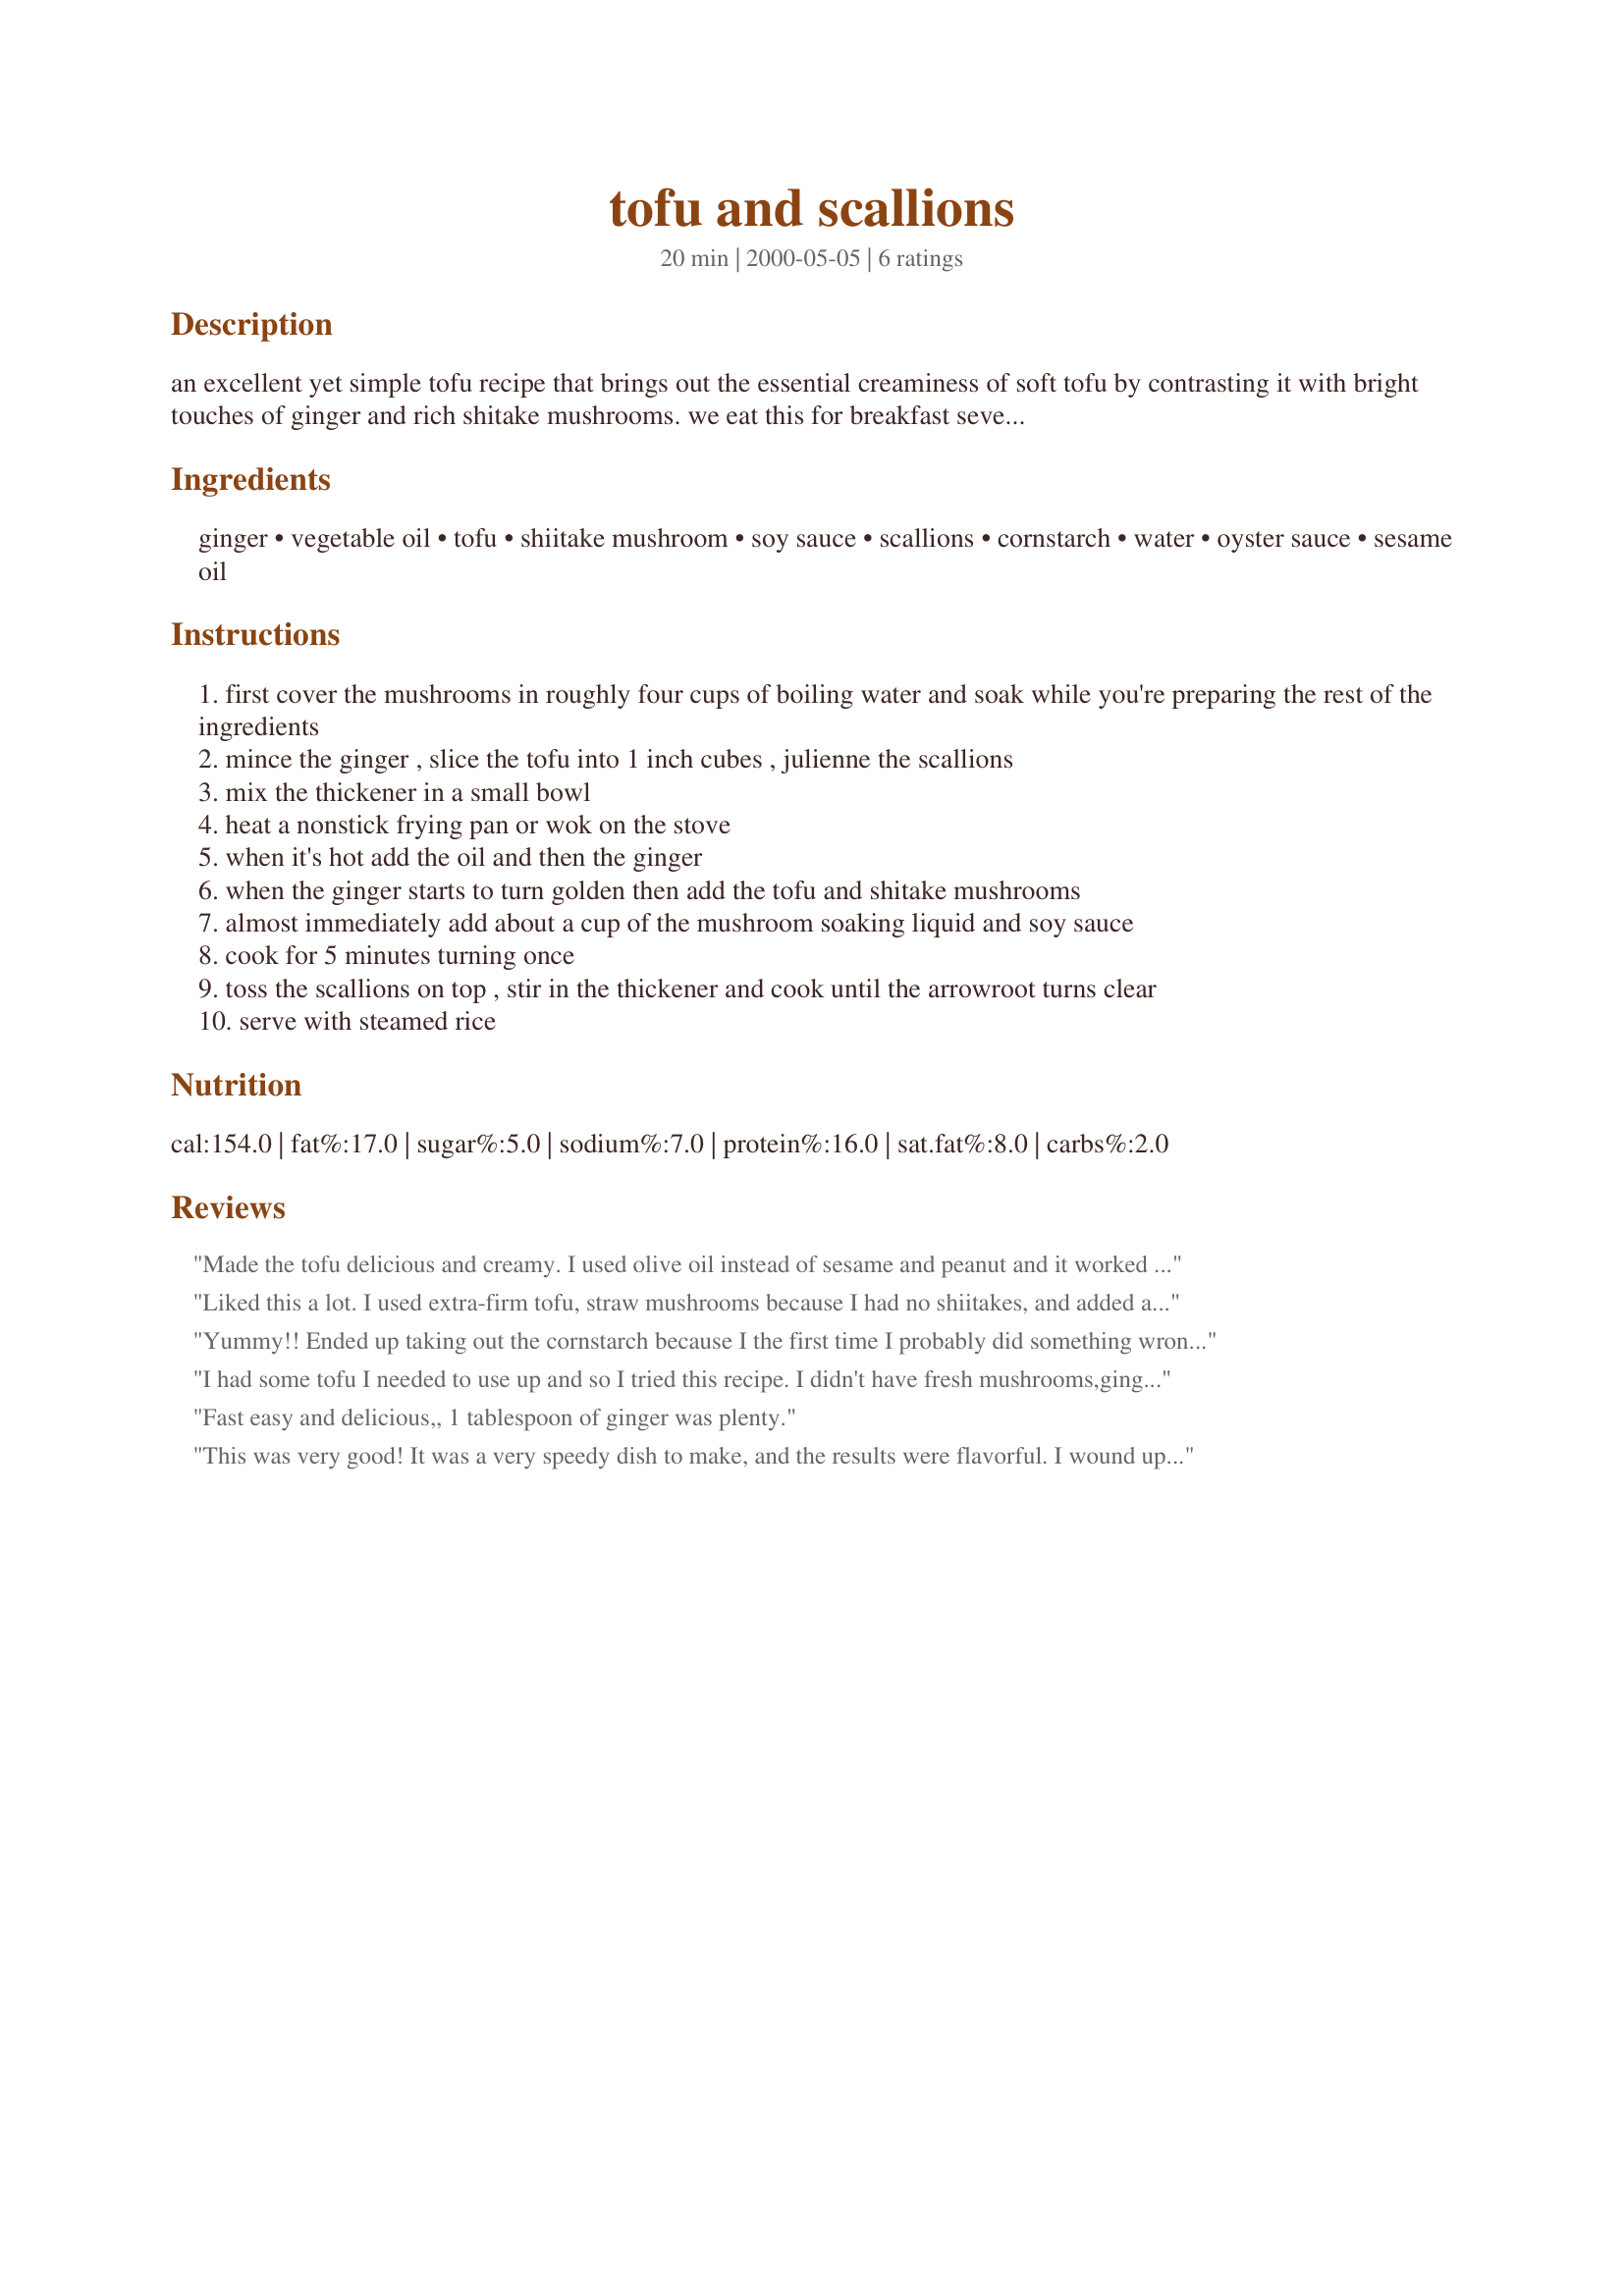
tofu and scallions
Preparation time: 20 minutes

an excellent yet simple tofu recipe that brings out the essential creaminess of soft tofu by contrasting it with bright touches of ginger and rich shitake mushrooms. we eat this for breakfast several times a week.

Ingredients:
ginger, vegetable oil, tofu, shiitake mushroom, soy sauce, scallions, cornstarch, water, oyster sauce, sesame oil

Steps:
first cover the mushrooms in roughly four cups of boiling water and soak while you're preparing the rest of the ingredients
mince the ginger , slice the tofu into 1 inch cubes , julienne the scallions
mix the thickener in a small bowl
heat a nonstick frying pan or wok on the stove
when it's hot add the oil and then the ginger
when the ginger starts to turn golden then add the tofu and shitake mushrooms
almost immediately add about a cup of the mushroom soaking liquid and soy sauce
cook for 5 minutes turning once
toss the scallions on top , stir in the thickener and cook until the arrowroot turns clear
serve with steamed rice

Reviews:
Made the tofu delicious and creamy. I used olive oil instead of sesame and peanut and it worked out just as well.
Liked this a lot. I used extra-firm tofu, straw mushrooms because I had no shiitakes, and added a little more (low-sodium) soy sauce. I might increase the oyster sauce a little more next time, but overall it's yummy.
Yummy!! Ended up taking out the cornstarch because I the first time I probably did something wrong and it came out kinda too thick. Made it twice so far. Healthy and Yummy
I had some tofu I needed to use up and so I tried this recipe. I didn't have fresh mushrooms,ginger or oyster sauce, so I used canned mushrooms, ground ginger and fish sauce. And we STILL liked it! :-) Thank you!
Fast easy and delicious,, 1 tablespoon of ginger was plenty.
This was very good! It was a very speedy dish to make, and the results were flavorful. I wound up mashing the tofu after I was finished preparing this, because the 1-inch chunks of soft tofu were just a bit much for me (it seemed too slimy when it was in big pieces, but maybe that's just me). The combination of soft tofu, chewy shiitakes, and crunchy scallions was very nice, though. By the way, I only used 12 oz of tofu (one of those mori-nu vacuum packs) and did include the optional oyster sauce. Thanks for posting!
